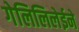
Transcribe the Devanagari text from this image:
गेलिलिलेईने